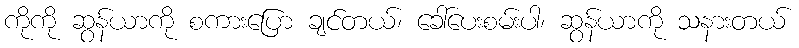
ကိုကို ဆွန်ယာကို စကားပြော ချင်တယ်၊ ခေါ်ပေးစမ်းပါ၊ ဆွန်ယာကို သနားတယ်